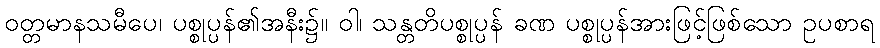
ဝတ္တမာနသမီပေ၊ ပစ္စုပ္ပန်၏အနီး၌။ ဝါ၊ သန္တတိပစ္စုပ္ပန် ခဏ ပစ္စုပ္ပန်အားဖြင့်ဖြစ်သော ဥပစာရ